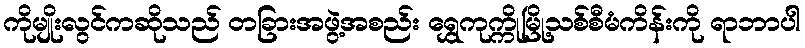
ကိုမျိုးလွင်ကဆိုသည် တခြားအဖွဲ့အစည်း ရွှေကုက္ကိုမြို့သစ်စီမံကိန်းကို ရာဘာပါ